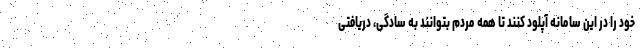
خود را در این سامانه آپلود کنند تا همه مردم بتوانند به سادگی، دریافتی